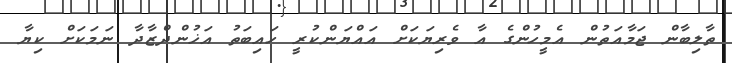
ތާލިބާން ޖަމާއަތުން އެމީހުންގެ އާ ވެރިޔަކަށް އައްޔަންކުރީ ހައިބަތު އަޚުންދްޒާދާ ނަމަކަށް ކިޔާ